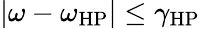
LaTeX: |\omega-\omega_{\mathrm{HP}}|\leq\gamma_{\mathrm{HP}}